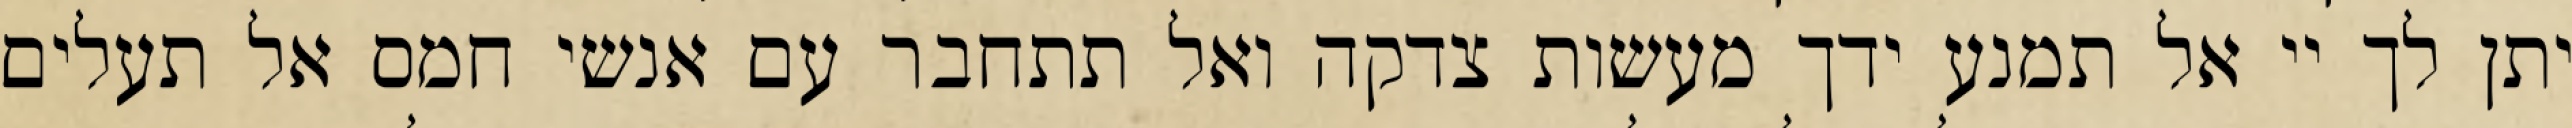
יתן לך יי אל תמנע ידך מעשות צדקה ואל תתחבר עם אנשי חמס אל תעלים